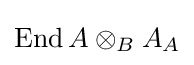
{\mbox{End}}\,A\otimes _{B}A_{A}